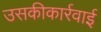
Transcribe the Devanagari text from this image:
उसकीकार्रवाई